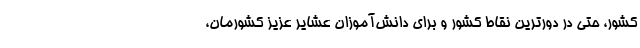
کشور، حتی در دورترین نقاط کشور و برای دانش‌آموزان عشایر عزیز کشورمان،